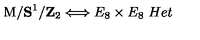
\mathrm { M } / { \bf S } ^ { 1 } / { \bf Z } _ { 2 } \Longleftrightarrow E _ { 8 } \times E _ { 8 } \ H e t